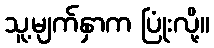
သူ့မျက်နှာက ပြုံးလို့။